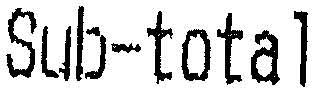
SUB-TOTAL